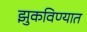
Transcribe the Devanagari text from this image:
झुकविण्यात